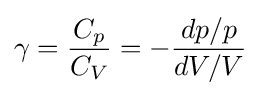
\gamma ={\frac {C_{p}}{C_{V}}}=-{\frac {dp/p}{dV/V}}